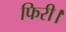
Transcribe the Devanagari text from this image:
फिरी।